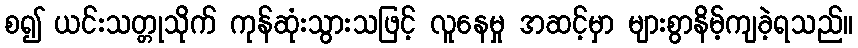
စ၍ ယင်းသတ္တုသိုက် ကုန်ဆုံးသွားသဖြင့် လူနေမှု အဆင့်မှာ များစွာနိမ့်ကျခဲ့ရသည်။